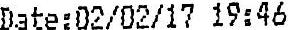
DATE:02/02/17 19:46